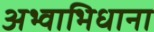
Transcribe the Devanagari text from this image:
अभ्वाभिधाना